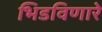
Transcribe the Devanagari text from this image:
भिडविणारे